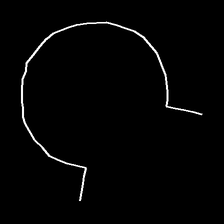
Glyph: weave